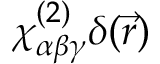
\chi _ { \alpha \beta \gamma } ^ { ( 2 ) } \delta ( \vec { r } )